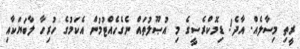
ރީތި މިސާލެއް. އާދެ! ޑިމޮކްރެސީގެ މި އުޞޫލުތައް ނެގެހެއްޓުމުން އެކަމުގެ ހުރިހާ ލާބަޔަކާއި